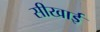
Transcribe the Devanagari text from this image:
सीखाई